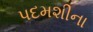
પદમશીના